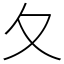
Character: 夂